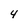
Character: 4